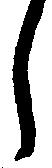
し